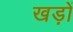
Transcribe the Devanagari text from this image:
खड़ों